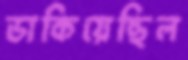
ডাকিয়েছিল